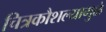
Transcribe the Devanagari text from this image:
चित्रकौशल्यामुळे